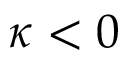
\kappa < 0